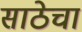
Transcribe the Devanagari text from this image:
साठेचा